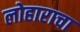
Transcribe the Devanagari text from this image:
लोहाराचा